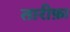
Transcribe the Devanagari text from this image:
तारीफ़ा